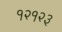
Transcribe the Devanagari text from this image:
१२१२३